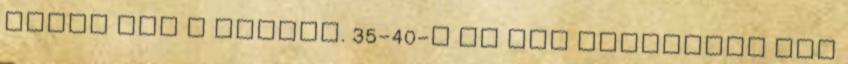
húzós itt a piacon. 35-40-E ft ért csinálnák meg